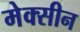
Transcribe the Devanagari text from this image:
मेक्सीन